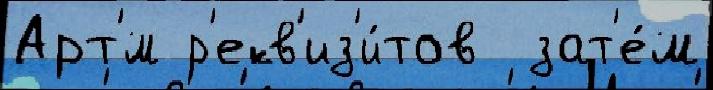
Арт'́м р'екв'из'и́тов  зат'е́м